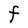
Character: F